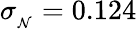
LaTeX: \sigma_{{}_{\mathcal{N}}}=0.124